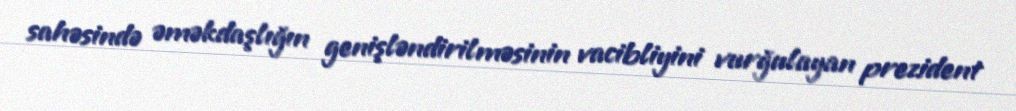
sahəsində əməkdaşlığın genişləndirilməsinin vacibliyini vurğulayan prezident